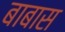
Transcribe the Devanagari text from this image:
बाबास